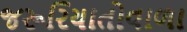
જરૂરિયાતોવાળા